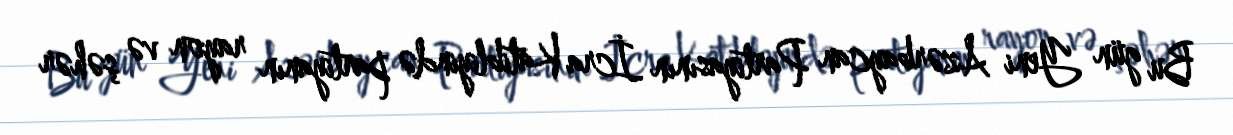
Bu gün Yeni Azərbaycan Partiyasının İcra Katibliyində partiyanın rayon və şəhər